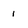
Character: 1